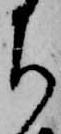
ち